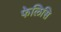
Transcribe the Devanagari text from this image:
फेलिसि